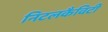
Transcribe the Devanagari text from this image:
निटलकैविटी